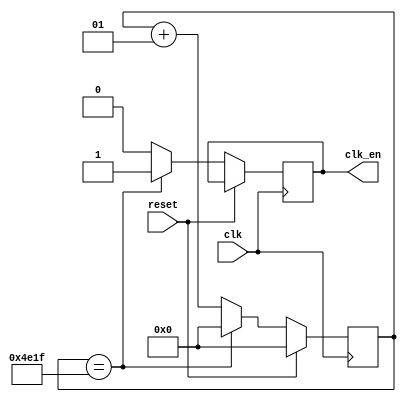
module ClockEnable(
input clk,
input reset,
output reg clk_en = 0
    );
parameter max_count = 19999;
integer count = 0;


    always @(posedge clk) begin
    if (reset)
        count <= 0;
    else begin
        if(count == max_count)
            begin
                count <= 0;
                clk_en <= 1;
            end
        else
            begin
               count <= count + 1;
               clk_en <= 0;
            end  
            end
    end
endmodule